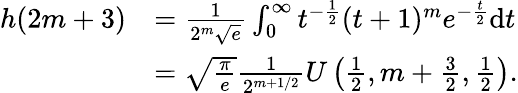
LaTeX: \begin{array}{rl}{h(2m+3)}&{=\frac{1}{2^{m}\sqrt{e}}\int_{0}^{\infty}t^{-\frac{1}{2}}(t+1)^{m}e^{-\frac{t}{2}}\mathrm{d}t}\\ &{=\sqrt{\frac{\pi}{e}}\frac{1}{2^{m+1/2}}U\left(\frac{1}{2},m+\frac{3}{2},\frac{1}{2}\right).}\end{array}